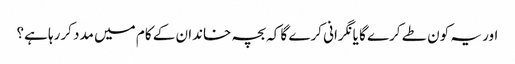
اور یہ کون طے کرے گا یانگرانی کرے گا کہ بچہ خاندان کے کام میں مدد کررہا ہے؟